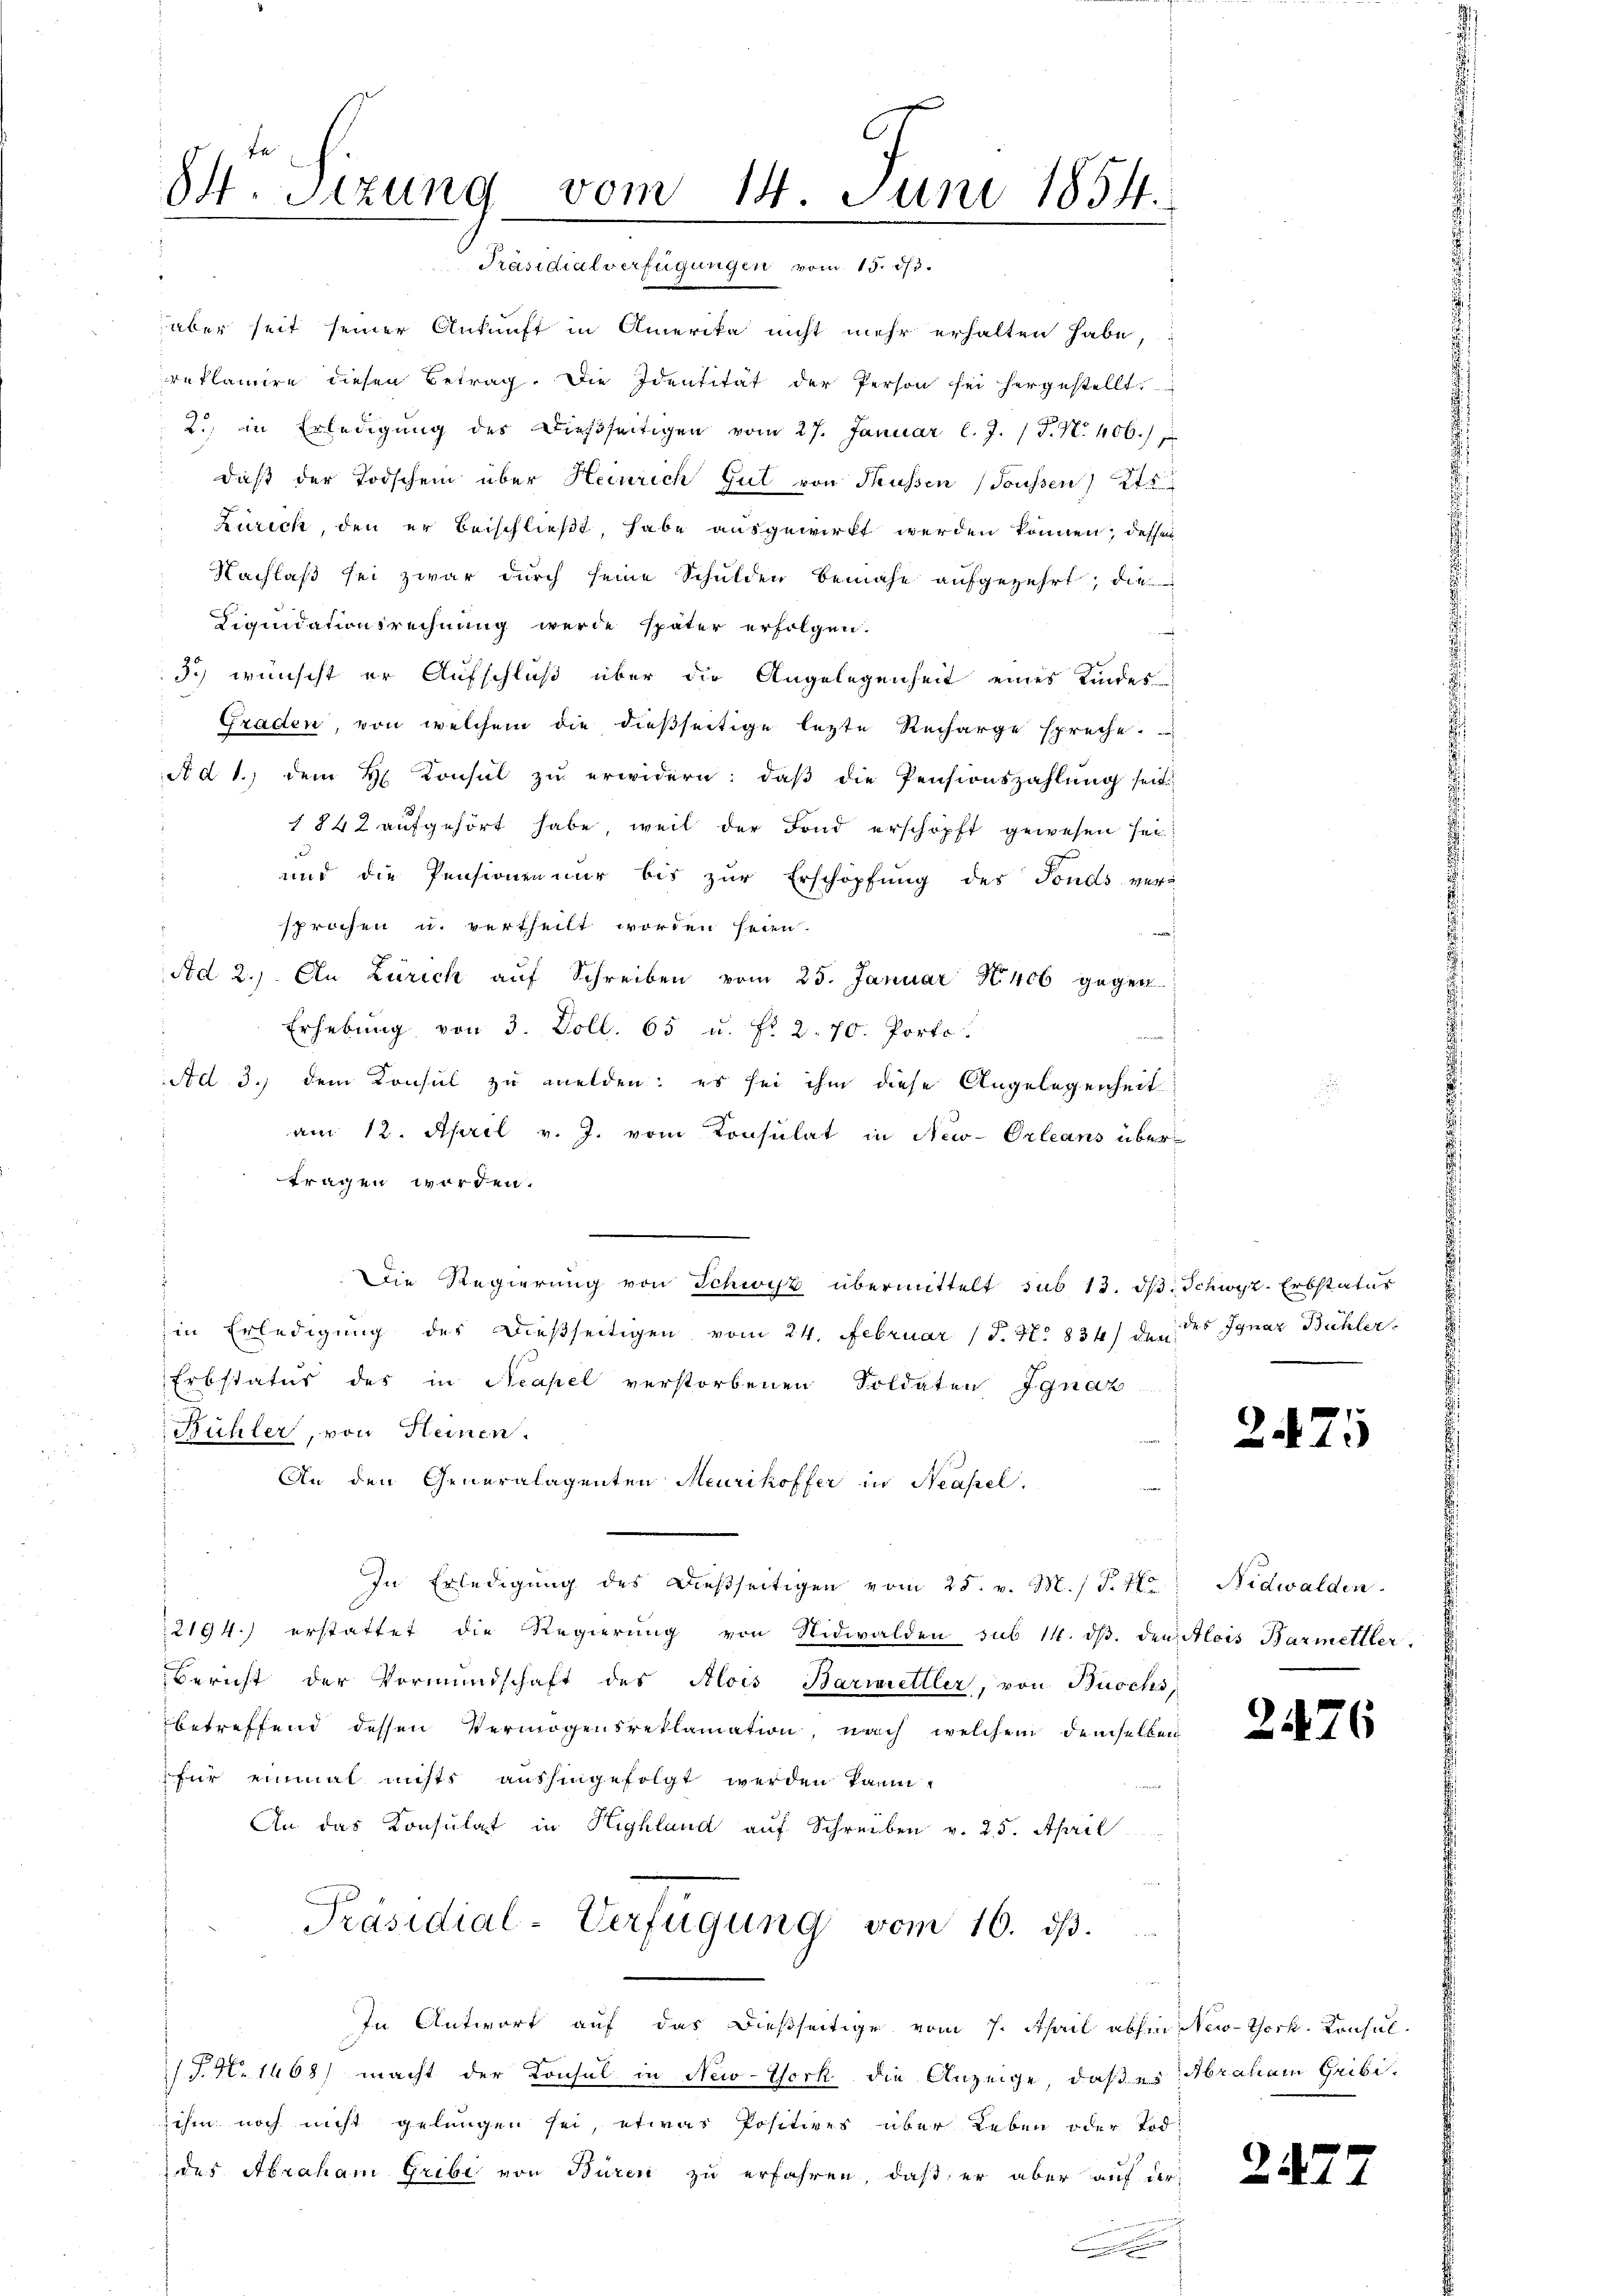
84. Sizung vom 14. Juni 1854.
Präsidialverfügungen vom 15. ds.

aber seit seiner Ankunft in Amerika nicht mehr erhalten habe,
reklamire diesen Betrag. Die Identität der Person sei hergestellt.
2. in Erledigung des Dießseitigen vom 27. Januar l. J. J. N. 406.)
dieß der Todschein über Heinrich Gut von Mussen (Toussen 275
Zürich, den er beischließt, habe ausgewirkt werden können, dessen
Nachlaß sei zwar durch seine Schulden benahe aufgezehrt, die
Diquidationsrechnung werde später erfolgen.
3.) wünscht er Aufschluß über die Angelegenheit eines Kindes
Graden, von welchem die dießseitige lezte Recharge spreche.
A d 1., dem H. Konsul zu erwidern: daß die Pensionszahlung seit
1842 aufgehört habe, weil der Fond erschöpft gewesen sei,
und die Pensionen nur bis zur Erschöpfung des Fonds ver-
sprochen u. vertheilt worden seien.
a
Ad 2.) An Zürich aŭf Schreiben vom 25. Januar 1406 gegen
Erhebung von 3. Voll. 65 u. fr. 2. 70. Porto
Ad 3.) dem Konsul zu melden; es sei ihm diese Angelegenheit
am 12. April v. J. vom Konsulat in New-Orleans übertragen worden.
Die Regierung von Schwyz übermittelt sub 13. dβ Schwyz-Erbstatus
in Erledigung der dießseitigen vom 24. Februar (T. N. 834) den des Ignaz Bühler
Erbstatus des in Neapel verstorbenen Soldaten Ignaz
Bühler, von Heinen.
An den Generalagenten Meurikoffer in Neapel.
f
In Erledigung des Diesseitigen vom 25. v. M. / S. 770
2194.) erstattet die Regierung von Nidwalden sub 14. dβ. den Alois Barmettler.
Bericht der Vormundschaft des Alois Barriettler, von Büschs,
betreffend dessen Vermögensreklamation, nach welchem demselben
für einmal nichts aushingefolgt werden kann.
An das Konsulat in Highland auf Schreiben v. 25. April
Präsidial-Verfügung vom 16. ds.
In Antwort auf das dießseitige vom 7. April abhin New-York. Konsul¬
/T. No 1468) macht der Konsul in New-York die Anzeige, daß es Abraham Gribi-
ihm noch nicht gelungen sei, etwas Positives über Leben oder Tod.
 des Abraham Gribi von Buren zu erfahren, daß er aber auf der
.

2475

Nidwalden.

2476

247

t